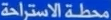
محطة الاستراحة